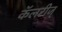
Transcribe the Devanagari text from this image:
कॅलरीज्‌